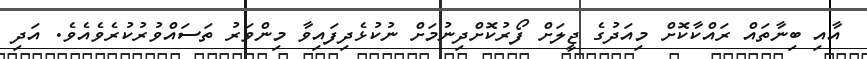
އާއި ބިނާތައް ރައްކާކޮށް މިއަދުގެ ޖީލަށް ފޯރުކޮށްދިނުމަށް ނުކުޅެދިފައިވާ މިންވަރު ތަސައްވުރުކުރެވެއެވެ. އަދި